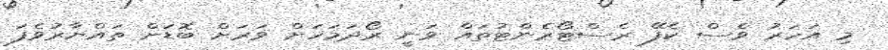
މި އަހަރު ވެސް ކެފޭ ރެސްޓޯރެންޓުތައް ވަނީ ރޯދަމަހަށް ވަރަށް ބޮޑަށް ތައްޔާރުވެފަ